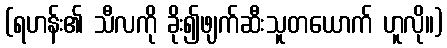
(ရဟန်း၏ သီလကို ခိုး၍ဖျက်ဆီးသူတယောက် ဟူလို။)